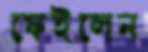
ফেইলেন